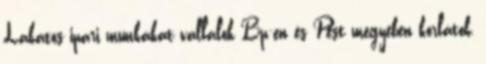
Lakatos ipari munkákat vállalok Bp-en és Pest megyében korlátok,